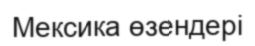
Мексика өзендері